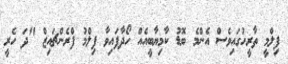
ފިލްމީ ތާރީހުގައިވެސް އެންމެ ބޮޑު ކާމިޔާބީއެއް ހޯދާފައިވާ ފިލްމު ފްރެންޗައިޒް "ދަ ހެރީ